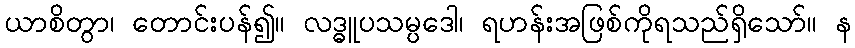
ယာစိတွာ၊ တောင်းပန်၍။ လဒ္ဓူပသမ္ပဒေါ၊ ရဟန်းအဖြစ်ကိုရသည်ရှိသော်။ န